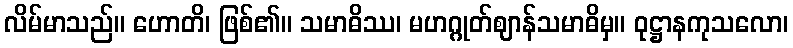
လိမ်မာသည်။ ဟောတိ၊ ဖြစ်၏။ သမာဓိဿ၊ မဟဂ္ဂုတ်ဈာန်သမာဓိမှ။ ဝုဋ္ဌာနကုသလော၊